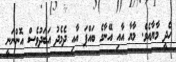
ހެދީ މާޔާއެވެ. މާޔާ އާއި އޭނާގެ ބައްޕަ އާއި ދެމެދު އަބަދުވެސް އޮންނަނީ